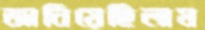
জানিয়েছিলাম